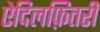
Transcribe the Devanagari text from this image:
ऐदिलफ़ितरी